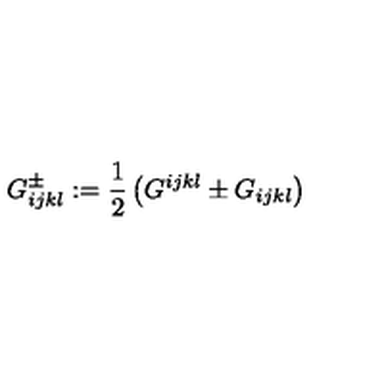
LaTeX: G _ { i j k l } ^ { \pm } : = \frac 1 2 \left( G ^ { i j k l } \pm G _ { i j k l } \right)